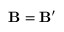
\mathbf { B } = \mathbf { B } ^ { \prime }